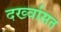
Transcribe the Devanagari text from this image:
दर्ख्वासत